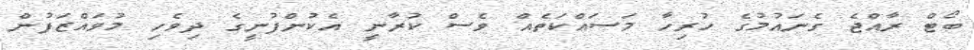
ބޯޓް ރާއްޖެ ގެނައުމުގެ ހުރިހާ މަސައްކަތެއް ވެސް ކުރާނީ އެކުންފުނީގެ ދިވެހި މުވައްޒަފުން